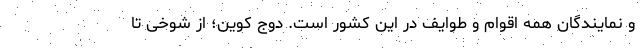
و نمایندگان همه اقوام و طوایف در این کشور است. دوج کوین؛ از شوخی تا